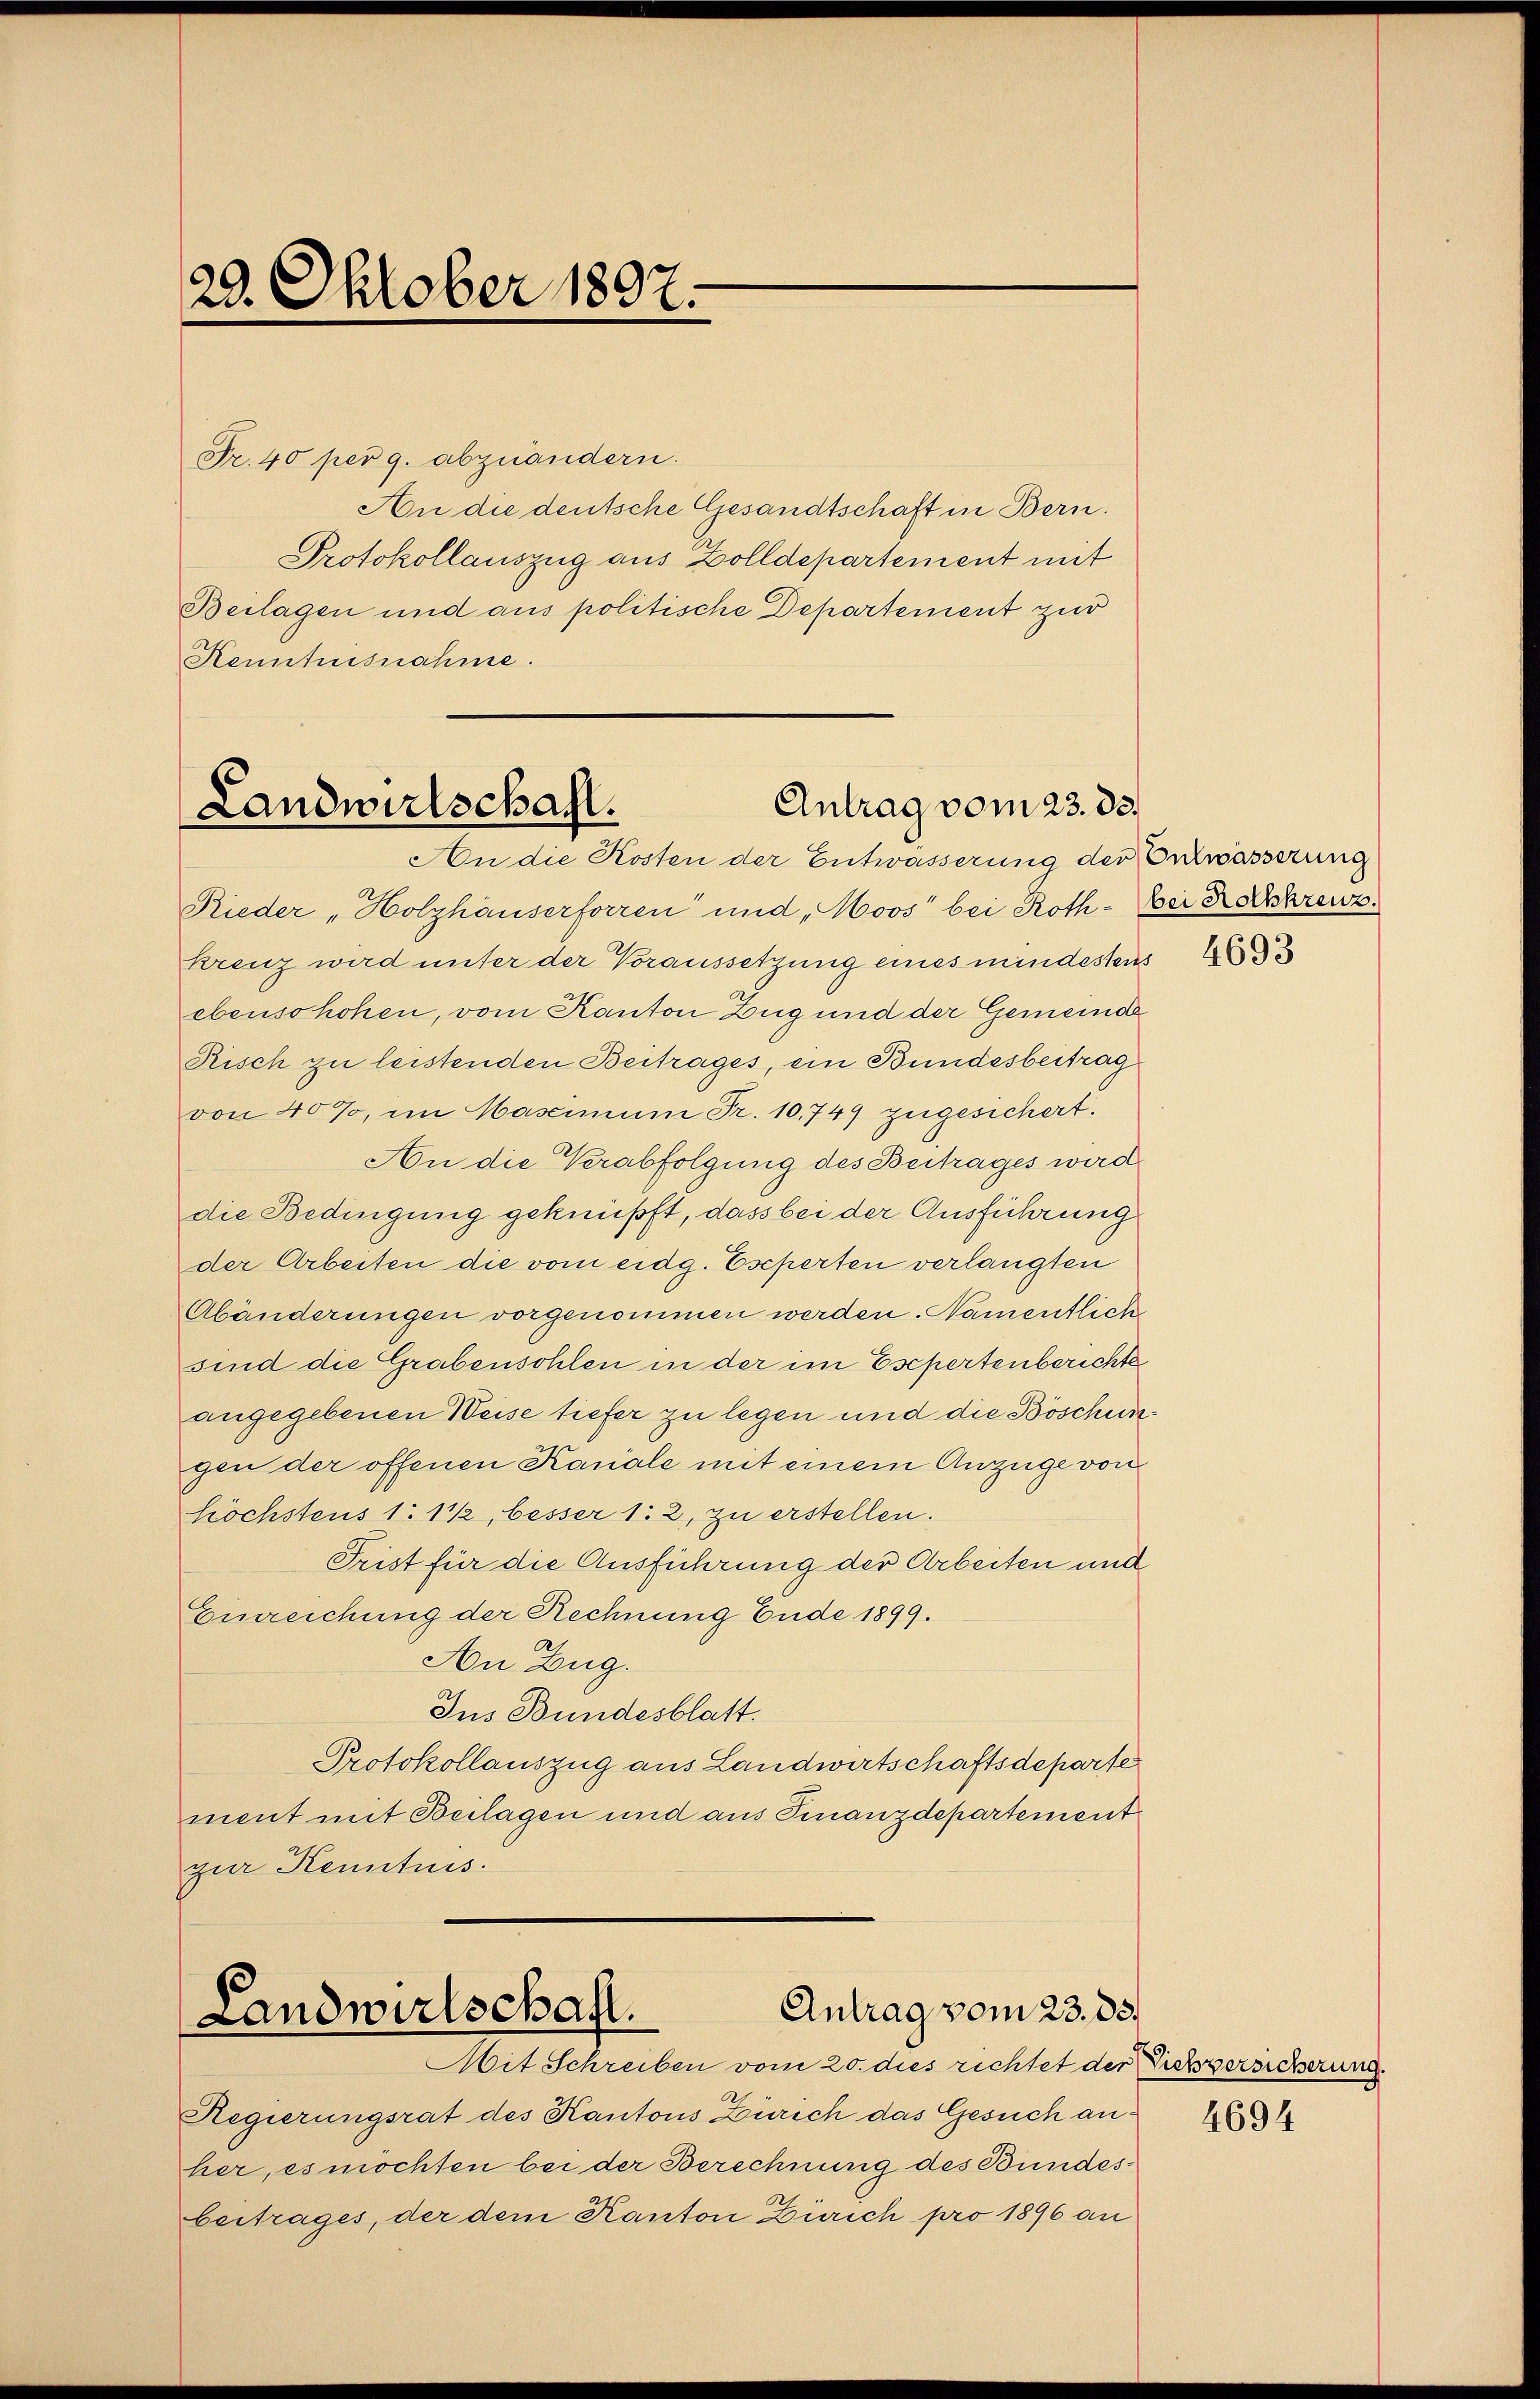
29. Oktober 1807.

Fr. 40 per g. abzuändern.
An die deutsche Gesandtschaft in Bern.
Protokollauszug aus Zolldepartement mit
Beilagen und aus politische Departement zur
Kenntnisnahme.

Antrag vom 23. ds.
Landwirtschaft.

Antrag vom 23. 85.
Landwirtschaft.

Mit Schreiben vom 20. dies richtet der Sichversicherung
Regierungsrat des Kantons Zürich das Gesuch anher, es möchten bei der Berechnung des Bundesbeitrages, der dem Kanton Zürich pro 1896 an

An die Kosten der Entwässerung der Entwässerung
Rieder „Holzhäuserforren und Moos bei Roth - Bei Konkreuz.
krenz wird unter der Voraussetzung eines mindestens
ebenso hohen, vom Kanton Zug und der Gemeinde
Risch zu leistenden Beitrages, ein Bundesbeitrag
von 40%, im Mascimum Fr. 10,749 zugesichert.
An die Verabfolgung des Beitrages wird
die Bedingung geknüpft, dass bei der Ausführung
der Arbeiten die vom eidg. Eseperten verlangten
Abänderungen vorgenommen werden. Namentlich
sind die Grabensohlen in der im Esepertenberichte
angegebenen Weise tiefer zu legen und die Böschungen der offenen Kanäle mit einem Anzüge von
Höchstens 1. 11, besser 1. 2, zu erstellen.
Frist für die Ausführung der Arbeiten und
Einreichung der Rechnung Ende 1899.
An Zug.
Ins Bundesblatt.
Protokollauszug aus Landwirtschaftsdeparte
ment mit Beilagen und aus Finanzdepartement
gur Kenntnis.

4694